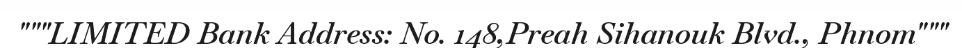
"""LIMITED Bank Address: No. 148,Preah Sihanouk Blvd., Phnom"""